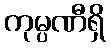
ကုမ္ပဏီရှိ